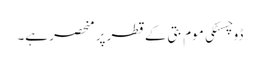
ڈوچسٹکی موم بتی کے قطر پر منحصر ہے۔